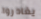
يغادروا